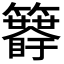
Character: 𥷯